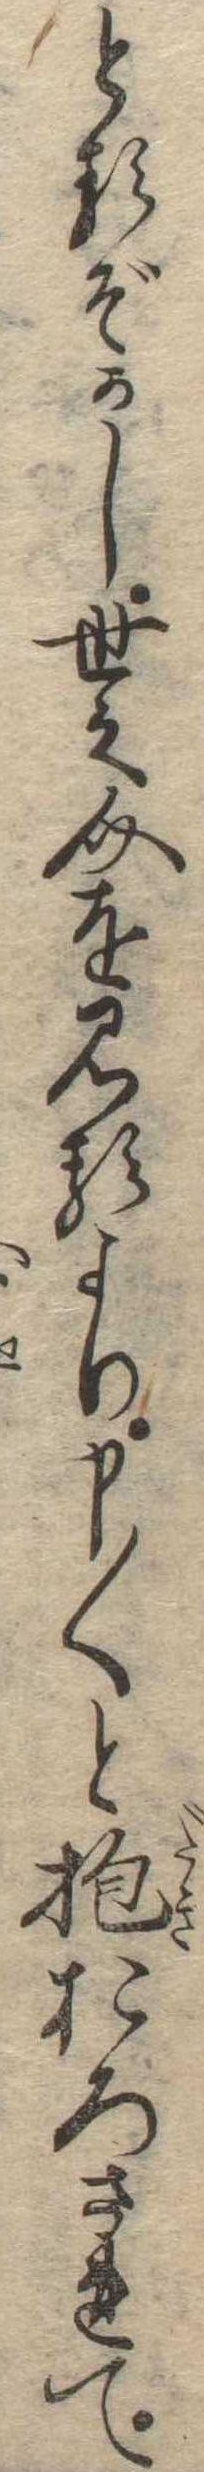
とるぞかし世之介を見るより申〱と抱おろされて